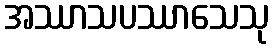
အဿာသပဿာသေသု